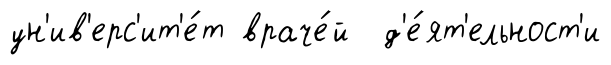
ун'ив'ерс'ит'е́т враче́й д'е́ят'ельност'и